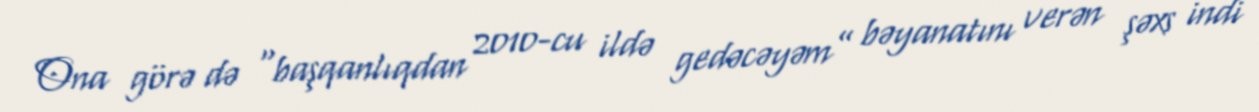
Ona görə də “başqanlıqdan 2010-cu ildə gedəcəyəm” bəyanatını verən şəxs indi